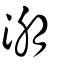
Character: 淜